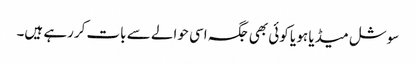
سوشل میڈیا ہو یا کوئی بھی جگہ اسی حوالے سے بات کررہے ہیں۔